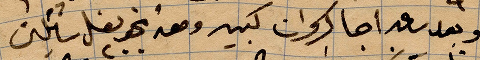
وبعد ساعة اجا كسروان كبير ومعه نحو ...